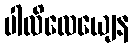
ပါလိလေယျေန